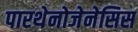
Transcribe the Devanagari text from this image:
पारथेनोजेनेसिस